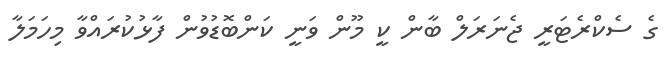
ގެ ސެކްރެޓަރީ ޖެނަރަލް ބާން ކީ މޫން ވަނީ ކަންބޮޑުވުން ފާޅުކުރައްވާ މިހަމަލާ